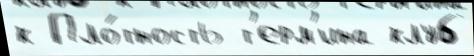
к Пло́тность т'ерм'ина клуб